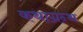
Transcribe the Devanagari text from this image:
कथाग्रन्थ